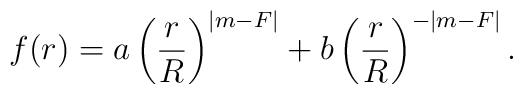
f(r)=a\left(\frac{r}{R}\right)^{|m-F|}+b\left(\frac{r}{R}\right)^{-|m-F|}.